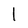
Character: l